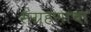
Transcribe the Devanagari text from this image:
संग्रहणाचा